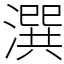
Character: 潠